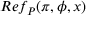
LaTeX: R e f _ { P } ( \pi , \phi , x )